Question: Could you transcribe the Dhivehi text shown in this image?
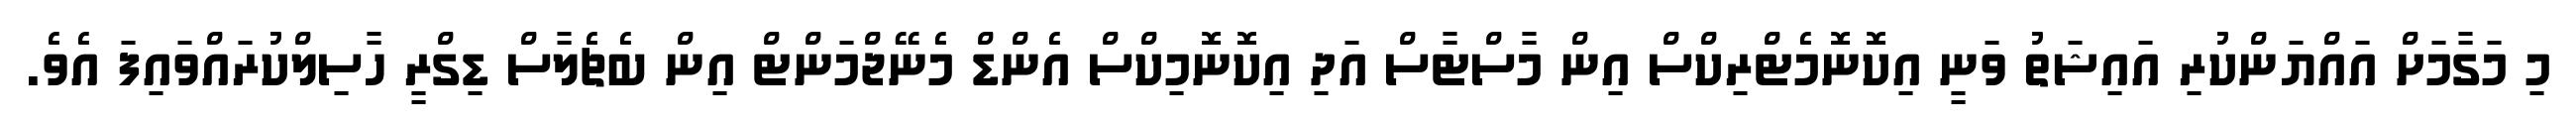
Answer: މި މަގާމަށް އައްޔަންކުރި އައިޝަތު ވަނީ އިކޮނޮމެޓްރިކްސް އިން މާސްޓާސް އަދި އިކޮނޮމިކްސް އެންޑް މެނޭޖްމަންޓް އިން ބެޗެލާސް ޑިގްރީ ހާސިލްކުރައްވައިފަ އެވެ.